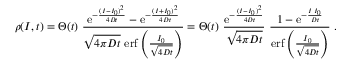
\rho ( I , t ) = \Theta ( t ) \ \frac { \mathrm { e } ^ { - \frac { ( I - I _ { 0 } ) ^ { 2 } } { 4 D t } } - \mathrm { e } ^ { - \frac { ( I + I _ { 0 } ) ^ { 2 } } { 4 D t } } } { \sqrt { 4 \pi D t } \ \mathrm { e r f } \left( \frac { I _ { 0 } } { \sqrt { 4 D t } } \right) } = \Theta ( t ) \ \frac { \mathrm { e } ^ { - \frac { ( I - I _ { 0 } ) ^ { 2 } } { 4 D t } } } { \sqrt { 4 \pi D t } } \ \frac { 1 - \mathrm { e } ^ { - \frac { I \, I _ { 0 } } { D t } } } { \mathrm { e r f } \left( \frac { I _ { 0 } } { \sqrt { 4 D t } } \right) } \; .